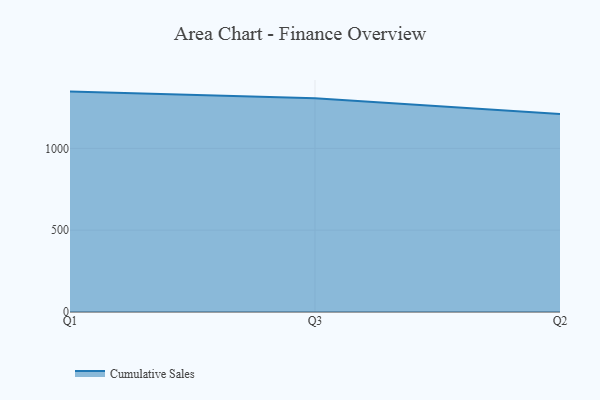
{"axis": {"x": "Quarter", "y": "Active Users"}, "legend": ["Cumulative Sales"], "data": [{"x": "Q1", "y": 1346.6, "type": "Cumulative Sales"}, {"x": "Q3", "y": 1306.6, "type": "Cumulative Sales"}, {"x": "Q2", "y": 1209.3, "type": "Cumulative Sales"}]}